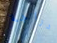
دراجة